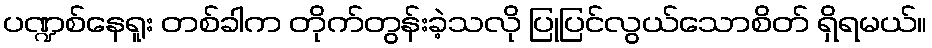
ပဏ္ဍစ်နေရူး တစ်ခါက တိုက်တွန်းခဲ့သလို ပြုပြင်လွယ်သောစိတ် ရှိရမယ်။